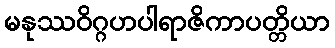
မနုဿဝိဂ္ဂဟပါရာဇိကာပတ္တိယာ